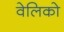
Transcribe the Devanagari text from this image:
वेलिको